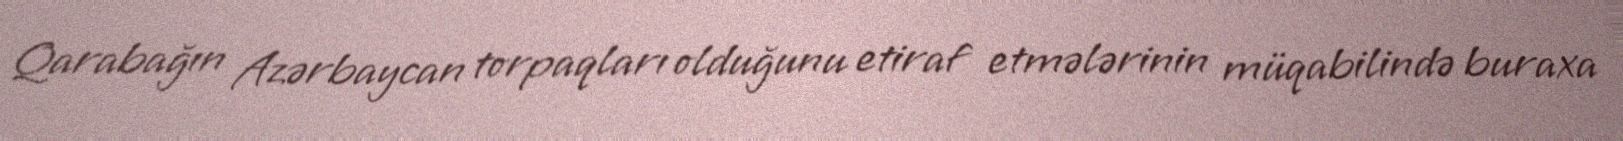
Qarabağın Azərbaycan torpaqları olduğunu etiraf etmələrinin müqabilində buraxa